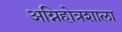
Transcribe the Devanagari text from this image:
अग्निहोत्रशाला